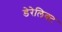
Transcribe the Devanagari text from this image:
डेरेलिक्ट